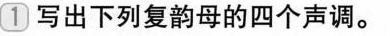
1 写出下列复韵母的四个声调。